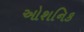
ઓશનિક